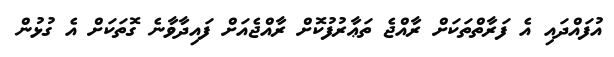
އުފައްދައި އެ ފަރާތްތަކަށް ރާއްޖެ ތަޢާރުފުކޮށް ރާއްޖެއަށް ފައިދާވާނެ ގޮތަކަށް އެ ގުޅުން